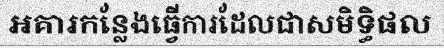
អគារកន្លែងធ្វើការដែលជាសមិទ្ធិផល